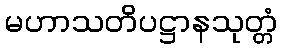
မဟာသတိပဋ္ဌာနသုတ္တံ